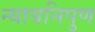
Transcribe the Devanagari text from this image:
न्यायनिपुण